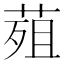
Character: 𮏭